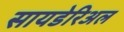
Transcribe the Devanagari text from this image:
सायडेरिअल